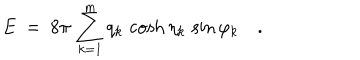
E \ = \ 8 \pi \, \sum _ { k = 1 } ^ { m } q _ { k } \, \cosh \eta _ { k } \, \sin \varphi _ { k } \quad .